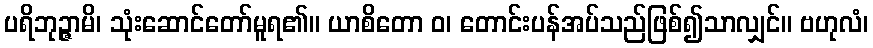
ပရိဘုဉ္ဇာမိ၊ သုံးဆောင်တော်မူရ၏။ ယာစိတော ဝ၊ တောင်းပန်အပ်သည်ဖြစ်၍သာလျှင်။ ဗဟုလံ၊